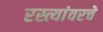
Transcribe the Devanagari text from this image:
रस्त्यांवरचे